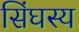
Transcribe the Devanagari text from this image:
सिंघस्य